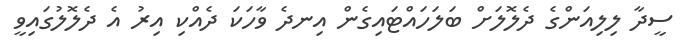
ސީދާ ލިލިއަންގެ ދެލޮލަށް ބަލަހައްޓައިގެން އިނދެ ވާހަކަ ދެއްކި އިރު އެ ދެލޮލުގައިވީ